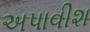
અપાવીશ